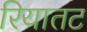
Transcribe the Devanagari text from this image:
रियातट